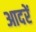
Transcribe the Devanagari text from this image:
आदरें